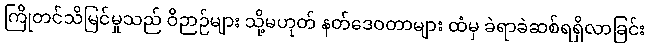
ကြိုတင်သိမြင်မှုသည် ဝိဉာဉ်များ သို့မဟုတ် နတ်ဒေဝတာများ ထံမှ ခဲရာခဲဆစ်ရရှိလာခြင်း